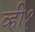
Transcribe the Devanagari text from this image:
व्ही१